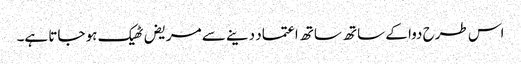
اس طرح دوا کے ساتھ ساتھ اعتماد دینے سے مریض ٹھیک ہو جاتا ہے۔